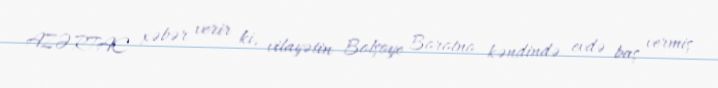
AZƏRTAC xəbər verir ki, vilayətin Bolşoye Borotno kəndində evdə baş vermiş